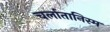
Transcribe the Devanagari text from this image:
चर्लातानिस्म